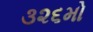
૩૨૬મો